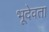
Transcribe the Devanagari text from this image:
भूदेवता